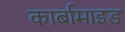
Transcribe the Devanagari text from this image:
कार्बामाइड